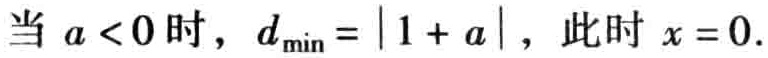
当 \(a < 0\) 时，\(d_{\min}=|1 + a|\)，此时 \(x = 0\).